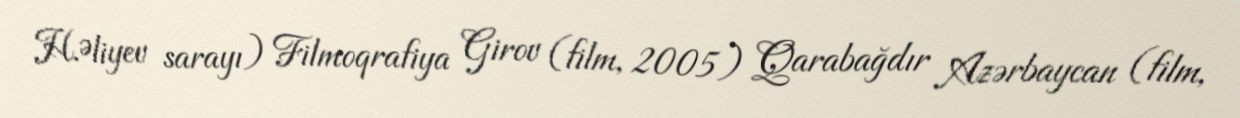
H.Əliyev sarayı) Filmoqrafiya Girov (film, 2005) Qarabağdır Azərbaycan (film,